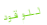
للوقود